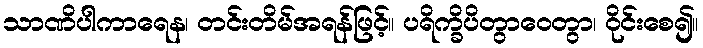
သာဏိပါကာရေန၊ တင်းတိမ်အရန်ဖြင့်။ ပရိက္ခိပိတွာဝေတွာ၊ ဝိုင်းစေ၍။